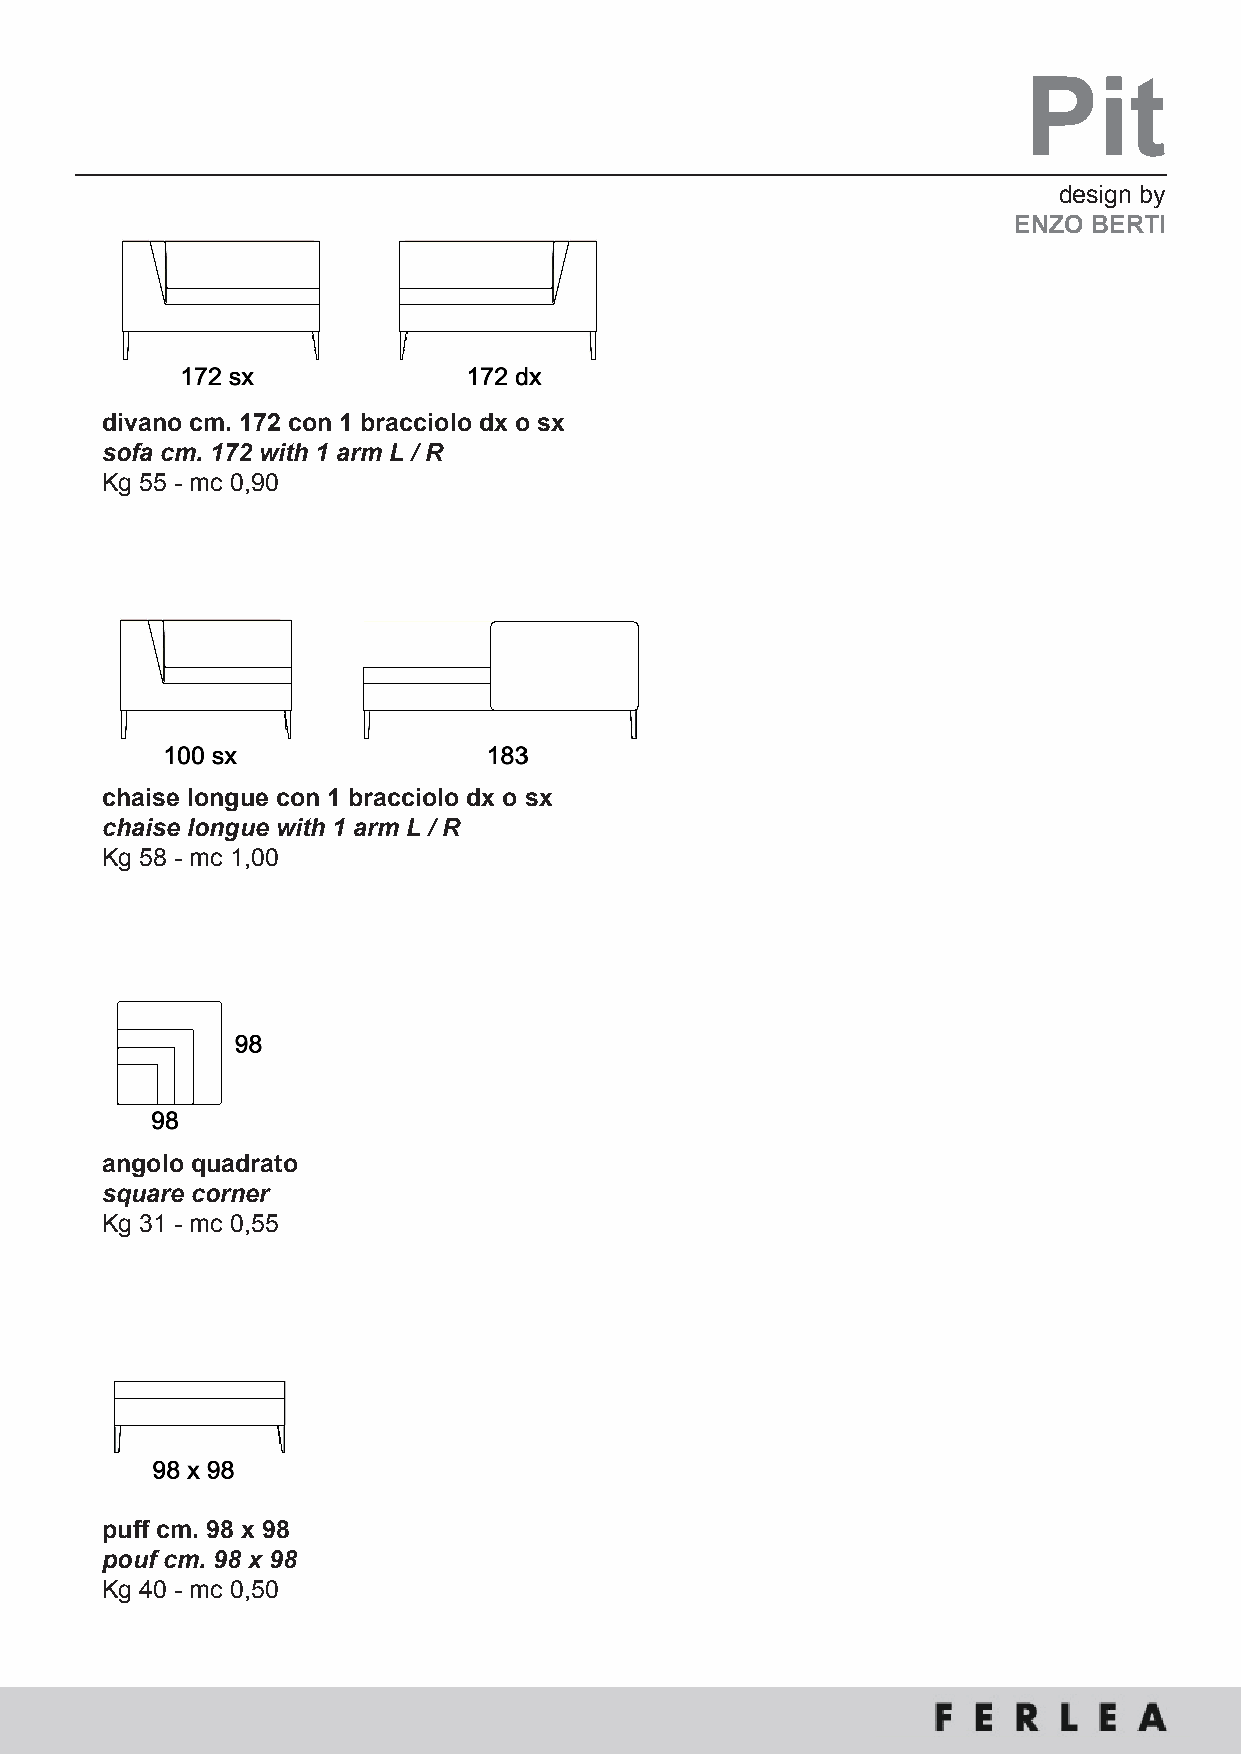
Pit
 design by
 Enzo BErti
 divano cm. 172 con 1 bracciolo dx o sx
 sofa cm. 172 with 1 arm L / R
 Kg 55 - mc 0,90
 chaise longue con 1 bracciolo dx o sx
 chaise longue with 1 arm L / R
 Kg 58 - mc 1,00
 angolo quadrato
 square corner
 Kg 31 - mc 0,55
 puff cm. 98 x 98
 pouf cm. 98 x 98
 Kg 40 - mc 0,50